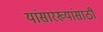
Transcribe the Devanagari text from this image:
यांसारख्यांसाठी